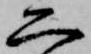
二